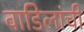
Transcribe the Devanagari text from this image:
वाडिलांची